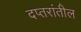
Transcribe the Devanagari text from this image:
दप्तरांतील